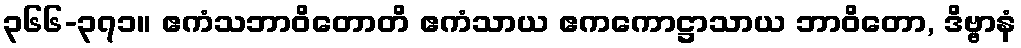
၃၆၆-၃၇၁။ ဧကံသဘာဝိတောတိ ဧကံသာယ ဧကကောဋ္ဌာသာယ ဘာဝိတော, ဒိဗ္ဗာနံ